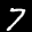
Label: 7